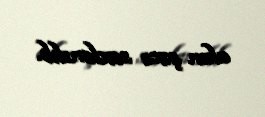
alan şəxs saxlanılıb.